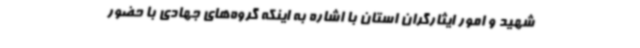
شهید و امور ایثارگران استان با اشاره به اینکه گروه‌های جهادی با حضور